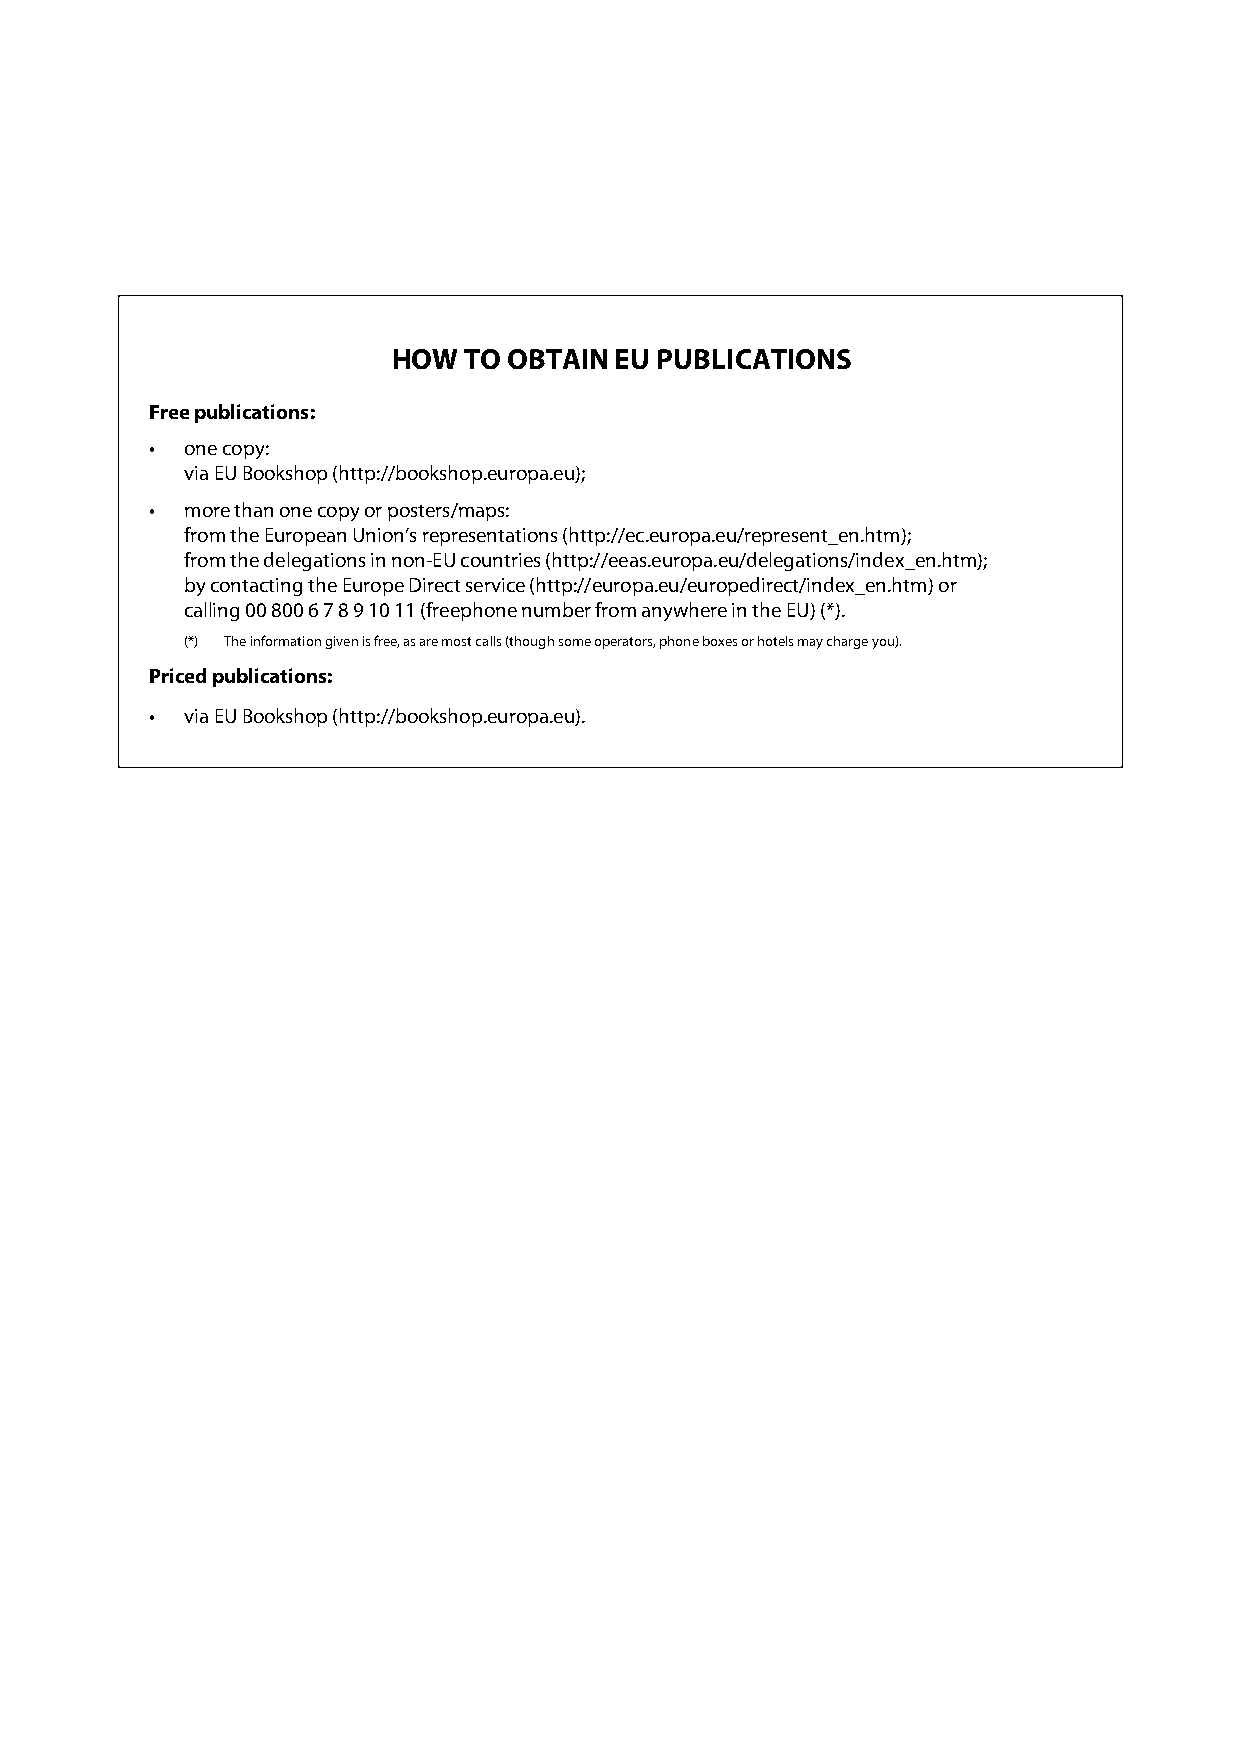
HOW  TO OBTAIN EU PUBLICATIONS
 Free publications:
 • one copy:
 via EU Bookshop (http://bookshop.europa.eu);
 • more than one copy or posters/maps:
 from the European Union’s representations (http://ec.europa.eu/represent_en.htm);
 from the delegations in non-EU countries (http://eeas.europa.eu/delegations/index_en.htm);
 by contacting the Europe Direct service (http://europa.eu/europedirect/index_en.htm) or
 calling 00 800 6 7 8 9 10 11 (freephone number from anywhere in the EU) (*).
 (*) The information given is free, as are most calls (though some operators, phone boxes or hotels may charge you).
 Priced publications:
 • via EU Bookshop (http://bookshop.europa.eu).